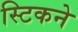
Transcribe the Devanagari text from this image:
स्टिकने